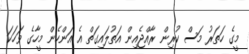
މީގެ ހަތަރު މަސް ކުރިން ރާއްޖެއިން އަތުލައިގަތް އެ އަންހެން މީހާގެ ވަހަކަ